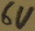
Text: 6V